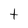
Character: t